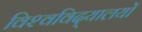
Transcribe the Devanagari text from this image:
विश्‍वविद्‌यालयों